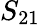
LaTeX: S_{21}